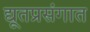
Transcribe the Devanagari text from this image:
द्यूतप्रसंगात